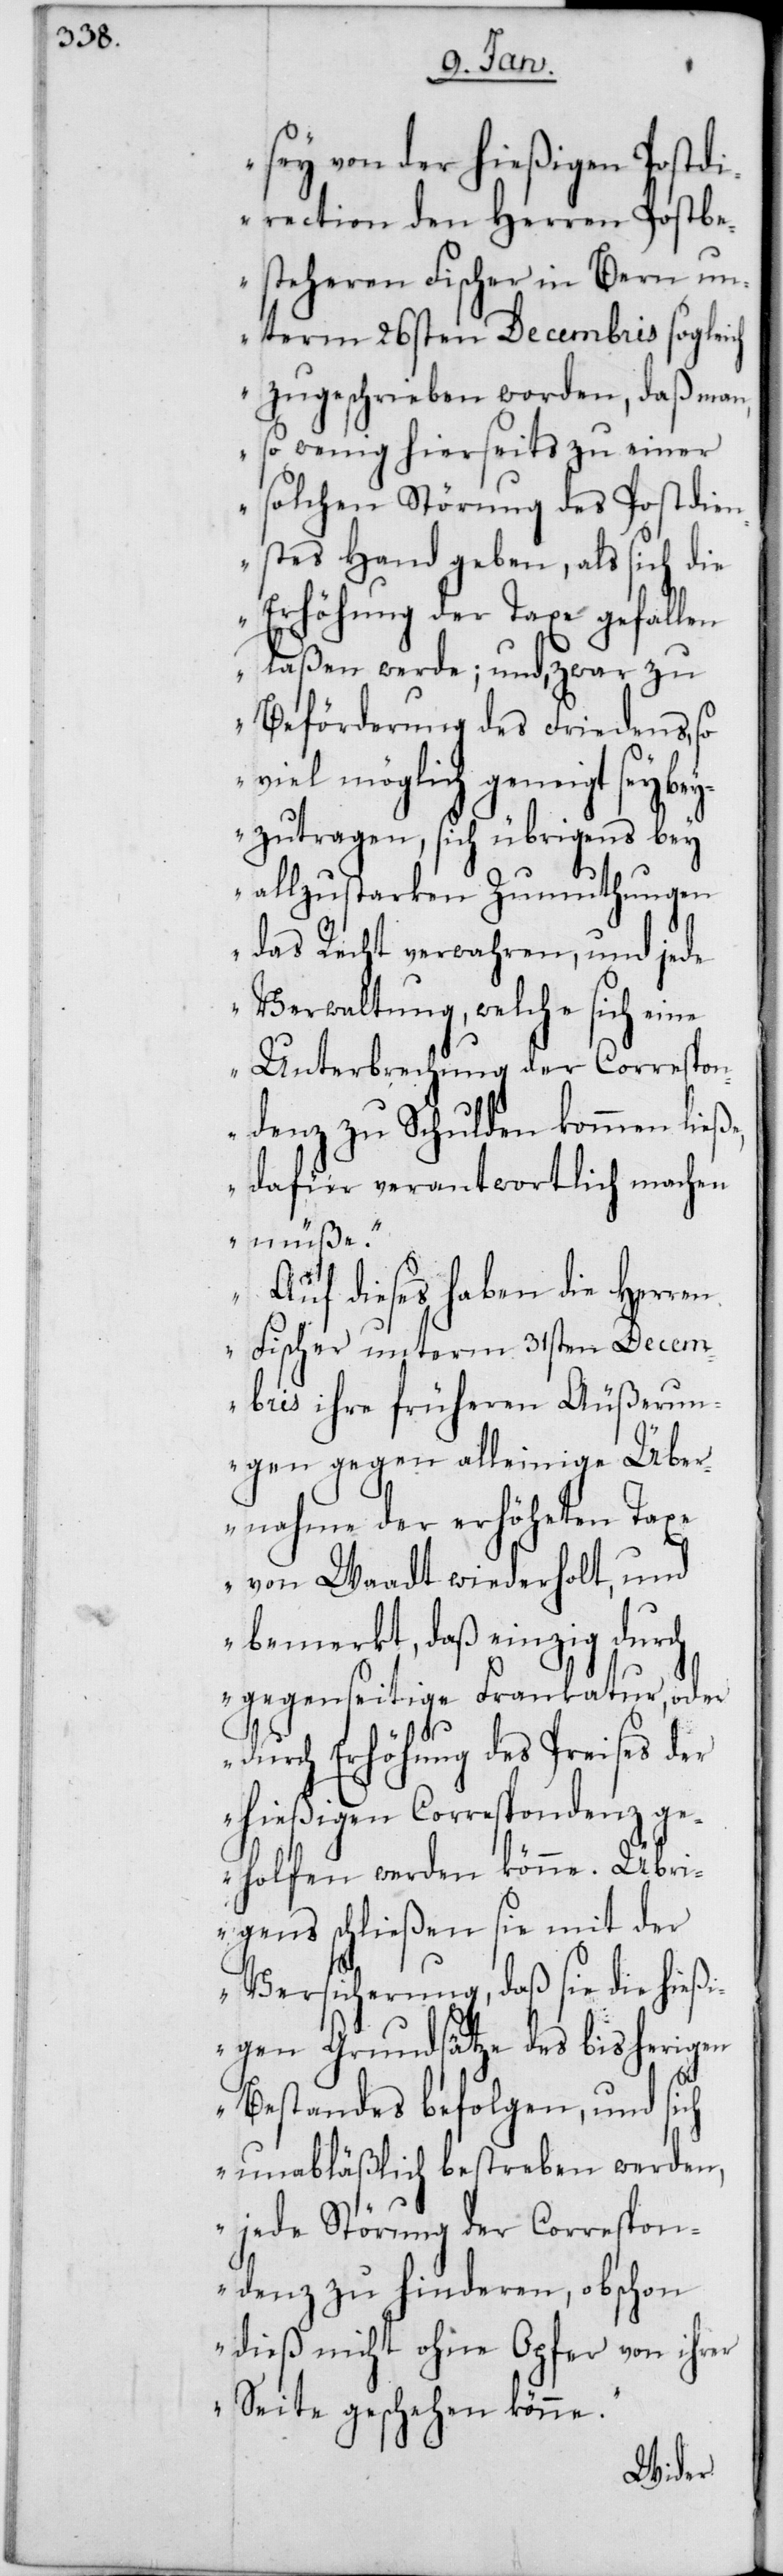
sey von der hießigen Postdi¬
rection den Herren Postbe¬
steheren Fischer in Bern u¬
nterm 26sten Decembris sogleich
zugeschrieben worden, daß man,
so wenig hierseits zu einer
solchen Störung des Postdien¬
stes Hand geben, als sich die
Erhöhung der Taxe gefallen
laßen werde; und, zwar zu
Beförderung des Friedens, so
viel möglich geneigt sey b¬
eyzutragen, sich übrigens bey
allzustarken Zumuthungen
das Recht verwahren, und jede
Verwaltung, welche sich eine
Unterbrechung der Correspon¬
denz zu Schulden kommen ließe,
dafür verantwortlich machen
müße.“
„Auf dieses haben die Herren
Fischer unterm 31sten Decem¬
bris ihre früheren Äußerun¬
gen gegen alleinige Über¬
nahme der erhöheten Tax¬
e von Waadt wiederholt, und
bemerkt, daß einzig durch
gegenseitige Frankatur, oder
durch Erhöhung des Preises der
hießigen Correspondenz ge¬
holfen werden könne. Übri¬
gens schließen sie mit der
Versicherung, daß sie die hieß¬
igen Grundsätze des bisherigen
Bestandes befolgen, und sich
unabläßlich bestreben werden,
jede Störung der Correspon¬
denz zu hinderen, obschon
dieß nicht ohne Opfer von ihrer
Seite geschehen könne.“